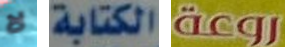
لا الكتابة روعة